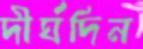
দীর্ঘদিন